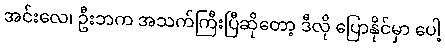
အင်းလေ၊ ဦးဘက အသက်ကြီးပြီဆိုတော့ ဒီလို ပြောနိုင်မှာ ပေါ့